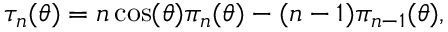
\tau _ { n } ( \theta ) = n \cos ( \theta ) \pi _ { n } ( \theta ) - ( n - 1 ) \pi _ { n - 1 } ( \theta ) ,